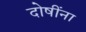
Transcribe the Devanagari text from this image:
दोषींना